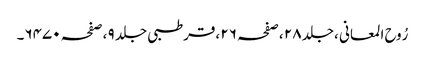
رُوح المعانی ،جلد ٢٨ ،صفحہ ٢٦ ،قرطبی جلد ٩ ،صفحہ ٦٤٧٠۔